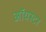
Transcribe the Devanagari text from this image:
ऑयस्टर